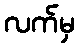
လက်မှ